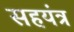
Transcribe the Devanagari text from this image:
सहयंत्र